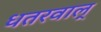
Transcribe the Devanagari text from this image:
धतरवाल्